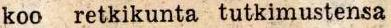
koo retkikunta tutkimustensa